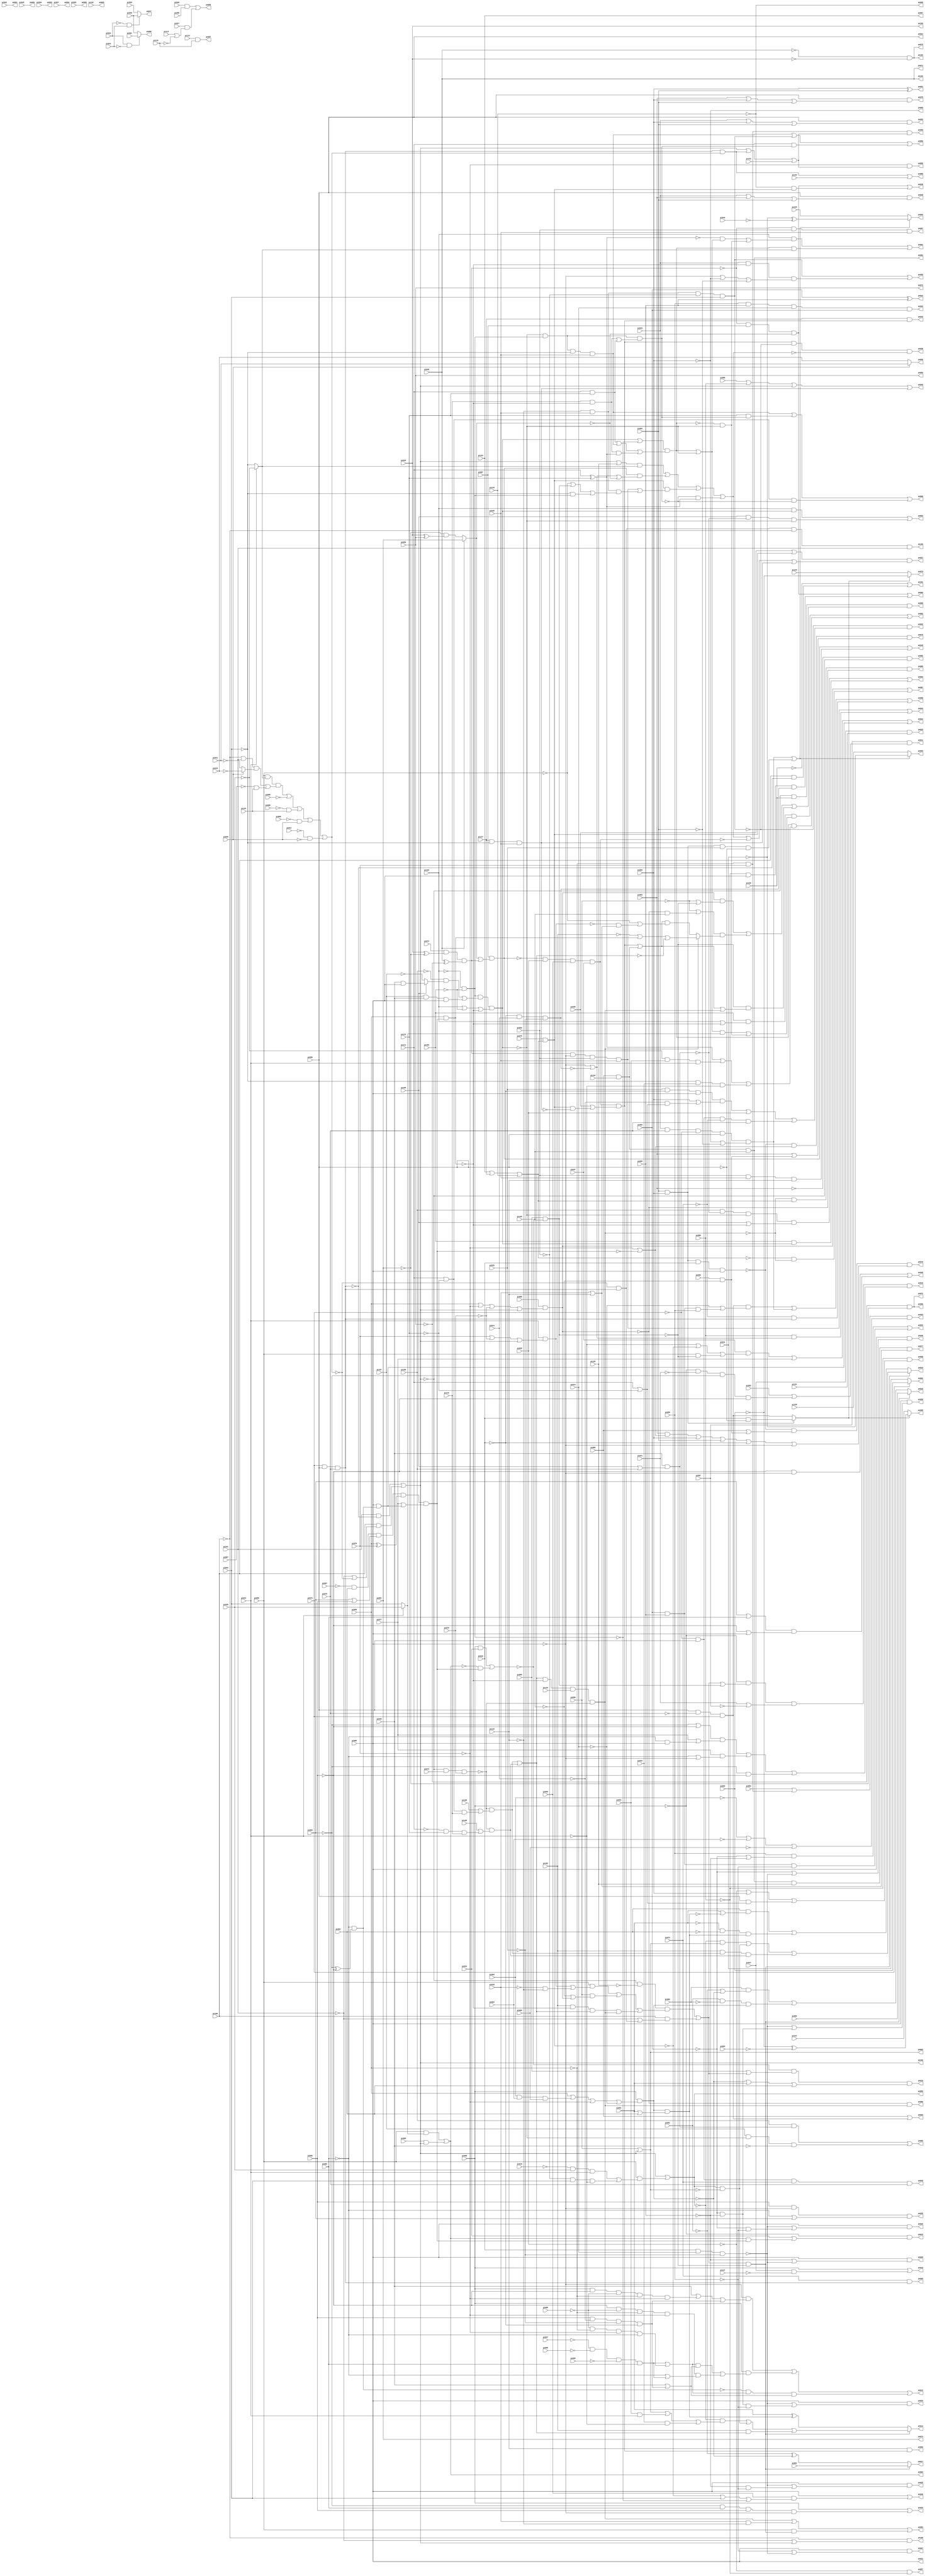
// Benchmark "rot" written by ABC on Thu Mar 19 13:02:36 2020

module rot ( 
    pi000, pi001, pi002, pi003, pi004, pi005, pi006, pi007, pi008, pi009,
    pi010, pi011, pi012, pi013, pi014, pi015, pi016, pi017, pi018, pi019,
    pi020, pi021, pi022, pi023, pi024, pi025, pi026, pi027, pi028, pi029,
    pi030, pi031, pi032, pi033, pi034, pi035, pi036, pi037, pi038, pi039,
    pi040, pi041, pi042, pi043, pi044, pi045, pi046, pi047, pi048, pi049,
    pi050, pi051, pi052, pi053, pi054, pi055, pi056, pi057, pi058, pi059,
    pi060, pi061, pi062, pi063, pi064, pi065, pi066, pi067, pi068, pi069,
    pi070, pi071, pi072, pi073, pi074, pi075, pi076, pi077, pi078, pi079,
    pi080, pi081, pi082, pi083, pi084, pi085, pi086, pi087, pi088, pi089,
    pi090, pi091, pi092, pi093, pi094, pi095, pi096, pi097, pi098, pi099,
    pi100, pi101, pi102, pi103, pi104, pi105, pi106, pi107, pi108, pi109,
    pi110, pi111, pi112, pi113, pi114, pi115, pi116, pi117, pi118, pi119,
    pi120, pi121, pi122, pi123, pi124, pi125, pi126, pi127, pi128, pi129,
    pi130, pi131, pi132, pi133, pi134,
    po000, po001, po002, po003, po004, po005, po006, po007, po008, po009,
    po010, po011, po012, po013, po014, po015, po016, po017, po018, po019,
    po020, po021, po022, po023, po024, po025, po026, po027, po028, po029,
    po030, po031, po032, po033, po034, po035, po036, po037, po038, po039,
    po040, po041, po042, po043, po044, po045, po046, po047, po048, po049,
    po050, po051, po052, po053, po054, po055, po056, po057, po058, po059,
    po060, po061, po062, po063, po064, po065, po066, po067, po068, po069,
    po070, po071, po072, po073, po074, po075, po076, po077, po078, po079,
    po080, po081, po082, po083, po084, po085, po086, po087, po088, po089,
    po090, po091, po092, po093, po094, po095, po096, po097, po098, po099,
    po100, po101, po102, po103, po104, po105, po106  );
  input  pi000, pi001, pi002, pi003, pi004, pi005, pi006, pi007, pi008,
    pi009, pi010, pi011, pi012, pi013, pi014, pi015, pi016, pi017, pi018,
    pi019, pi020, pi021, pi022, pi023, pi024, pi025, pi026, pi027, pi028,
    pi029, pi030, pi031, pi032, pi033, pi034, pi035, pi036, pi037, pi038,
    pi039, pi040, pi041, pi042, pi043, pi044, pi045, pi046, pi047, pi048,
    pi049, pi050, pi051, pi052, pi053, pi054, pi055, pi056, pi057, pi058,
    pi059, pi060, pi061, pi062, pi063, pi064, pi065, pi066, pi067, pi068,
    pi069, pi070, pi071, pi072, pi073, pi074, pi075, pi076, pi077, pi078,
    pi079, pi080, pi081, pi082, pi083, pi084, pi085, pi086, pi087, pi088,
    pi089, pi090, pi091, pi092, pi093, pi094, pi095, pi096, pi097, pi098,
    pi099, pi100, pi101, pi102, pi103, pi104, pi105, pi106, pi107, pi108,
    pi109, pi110, pi111, pi112, pi113, pi114, pi115, pi116, pi117, pi118,
    pi119, pi120, pi121, pi122, pi123, pi124, pi125, pi126, pi127, pi128,
    pi129, pi130, pi131, pi132, pi133, pi134;
  output po000, po001, po002, po003, po004, po005, po006, po007, po008, po009,
    po010, po011, po012, po013, po014, po015, po016, po017, po018, po019,
    po020, po021, po022, po023, po024, po025, po026, po027, po028, po029,
    po030, po031, po032, po033, po034, po035, po036, po037, po038, po039,
    po040, po041, po042, po043, po044, po045, po046, po047, po048, po049,
    po050, po051, po052, po053, po054, po055, po056, po057, po058, po059,
    po060, po061, po062, po063, po064, po065, po066, po067, po068, po069,
    po070, po071, po072, po073, po074, po075, po076, po077, po078, po079,
    po080, po081, po082, po083, po084, po085, po086, po087, po088, po089,
    po090, po091, po092, po093, po094, po095, po096, po097, po098, po099,
    po100, po101, po102, po103, po104, po105, po106;
  wire new_n350_, new_n351_, new_n352_, new_n353_, new_n354_, new_n355_,
    new_n356_, new_n357_, new_n358_, new_n359_, new_n360_, new_n361_,
    new_n362_, new_n363_, new_n364_, new_n365_, new_n366_, new_n367_,
    new_n368_, new_n369_, new_n370_, new_n371_, new_n372_, new_n373_,
    new_n374_, new_n375_, new_n376_, new_n377_, new_n378_, new_n379_,
    new_n380_, new_n381_, new_n382_, new_n383_, new_n384_, new_n385_,
    new_n386_, new_n387_, new_n388_, new_n389_, new_n390_, new_n391_,
    new_n392_, new_n393_, new_n394_, new_n395_, new_n396_, new_n397_,
    new_n398_, new_n399_, new_n400_, new_n401_, new_n402_, new_n403_,
    new_n404_, new_n405_, new_n406_, new_n407_, new_n408_, new_n409_,
    new_n410_, new_n411_, new_n412_, new_n413_, new_n414_, new_n415_,
    new_n416_, new_n417_, new_n418_, new_n419_, new_n420_, new_n421_,
    new_n422_, new_n423_, new_n424_, new_n425_, new_n426_, new_n427_,
    new_n428_, new_n429_, new_n430_, new_n431_, new_n432_, new_n433_,
    new_n434_, new_n435_, new_n436_, new_n437_, new_n438_, new_n439_,
    new_n440_, new_n441_, new_n442_, new_n443_, new_n444_, new_n445_,
    new_n446_, new_n447_, new_n448_, new_n449_, new_n450_, new_n451_,
    new_n452_, new_n453_, new_n454_, new_n455_, new_n456_, new_n457_,
    new_n458_, new_n459_, new_n460_, new_n461_, new_n462_, new_n463_,
    new_n464_, new_n465_, new_n466_, new_n467_, new_n468_, new_n469_,
    new_n470_, new_n471_, new_n472_, new_n473_, new_n474_, new_n475_,
    new_n476_, new_n477_, new_n478_, new_n479_, new_n480_, new_n481_,
    new_n482_, new_n483_, new_n484_, new_n485_;
  assign po000 = new_n350_;
  assign po001 = new_n351_;
  assign po002 = new_n352_;
  assign po003 = new_n353_;
  assign po004 = new_n354_;
  assign po005 = pi122;
  assign po006 = ~pi118;
  assign po007 = pi123;
  assign po008 = new_n355_;
  assign po009 = new_n356_;
  assign po010 = new_n357_;
  assign po011 = new_n358_;
  assign po012 = new_n359_;
  assign po013 = new_n360_;
  assign po014 = new_n361_;
  assign po015 = new_n362_;
  assign po016 = new_n363_;
  assign po017 = new_n364_;
  assign po018 = new_n365_;
  assign po019 = new_n366_;
  assign po020 = new_n367_;
  assign po021 = pi090;
  assign po022 = new_n368_;
  assign po023 = new_n369_;
  assign po024 = new_n370_;
  assign po025 = new_n371_;
  assign po026 = new_n372_;
  assign po027 = new_n373_;
  assign po028 = new_n374_;
  assign po029 = new_n375_;
  assign po030 = new_n376_;
  assign po031 = pi089;
  assign po032 = new_n377_;
  assign po033 = new_n378_;
  assign po034 = new_n379_;
  assign po035 = new_n380_;
  assign po036 = new_n381_;
  assign po037 = new_n382_;
  assign po038 = new_n383_;
  assign po039 = new_n384_;
  assign po040 = new_n385_;
  assign po041 = new_n386_;
  assign po042 = new_n387_;
  assign po043 = new_n388_;
  assign po044 = new_n389_;
  assign po045 = new_n390_;
  assign po046 = new_n391_;
  assign po047 = new_n392_;
  assign po048 = new_n393_;
  assign po049 = new_n394_;
  assign po050 = ~pi093;
  assign po051 = new_n395_;
  assign po052 = new_n396_;
  assign po053 = new_n397_;
  assign po054 = new_n398_;
  assign po055 = new_n399_;
  assign po056 = new_n400_;
  assign po057 = new_n401_;
  assign po058 = new_n402_;
  assign po059 = new_n403_;
  assign po060 = new_n404_;
  assign po061 = new_n405_;
  assign po062 = new_n406_;
  assign po063 = new_n407_;
  assign po064 = new_n408_;
  assign po065 = new_n409_;
  assign po066 = new_n410_;
  assign po067 = new_n411_;
  assign po068 = new_n412_;
  assign po069 = pi050;
  assign po070 = new_n413_;
  assign po071 = pi048;
  assign po072 = new_n414_;
  assign po073 = pi050;
  assign po074 = pi051;
  assign po075 = new_n415_;
  assign po076 = new_n416_;
  assign po077 = new_n417_;
  assign po078 = new_n418_;
  assign po079 = new_n419_;
  assign po080 = new_n420_;
  assign po081 = new_n421_;
  assign po082 = new_n422_;
  assign po083 = new_n423_;
  assign po084 = new_n424_;
  assign po085 = new_n425_;
  assign po086 = new_n426_;
  assign po087 = new_n427_;
  assign po088 = new_n428_;
  assign po089 = new_n429_;
  assign po090 = new_n430_;
  assign po091 = pi022;
  assign po092 = pi025;
  assign po093 = pi026;
  assign po094 = pi027;
  assign po095 = pi028;
  assign po096 = new_n431_;
  assign po097 = new_n432_;
  assign po098 = new_n433_;
  assign po099 = new_n434_;
  assign po100 = new_n435_;
  assign po101 = new_n436_;
  assign po102 = new_n437_;
  assign po103 = new_n438_;
  assign po104 = pi048;
  assign po105 = pi049;
  assign po106 = new_n439_;
  assign new_n350_ = (pi023 & ~pi024) ? pi061 : pi030;
  assign new_n351_ = pi076 ? pi062 : pi041;
  assign new_n352_ = pi099 | new_n437_;
  assign new_n353_ = new_n437_ | (pi098 & ((~pi019 & pi020 & pi044) | (~pi032 & pi033 & ~pi044)));
  assign new_n354_ = (pi098 & (pi044 ? pi020 : pi033)) | (pi080 & new_n437_);
  assign new_n355_ = (new_n483_ & (~pi013 | (pi054 & pi055 & pi056))) | new_n482_ | (~pi074 & new_n464_);
  assign new_n356_ = pi074 & new_n464_;
  assign new_n357_ = ~pi000 & (new_n455_ | new_n459_) & (pi071 | ~pi097) & (((~pi083 | ~pi085) & (pi077 | (~pi084 & pi089))) | (pi077 & (~pi084 | ~pi089)) | (~pi083 & ~pi085));
  assign new_n358_ = pi097 & (pi052 | (~pi000 & ~pi071 & ~pi083 & ~pi085));
  assign new_n359_ = (~pi089 & (pi040 | (pi000 & ~pi085 & ~pi068 & ~pi069 & ~pi070) | (pi085 & ~pi014 & ~pi015 & ~pi016))) | (pi000 & ((((~pi057 & ~pi058 & ~pi059 & pi084) | (~pi068 & ~pi069 & ~pi070 & ~pi084)) & (pi040 | (pi085 & ~pi014 & ~pi015 & ~pi016))) | (~pi085 & ~pi068 & ~pi069 & ~pi070 & (~pi084 | (~pi057 & ~pi058 & ~pi059 & pi084))))) | (~new_n474_ & ((~pi057 & ~pi058 & ~pi059 & pi084) | (~pi068 & ~pi069 & ~pi070 & ~pi084)) & (pi040 | (pi085 & ~pi014 & ~pi015 & ~pi016)));
  assign new_n360_ = ~pi000 & (pi031 | (new_n354_ & new_n476_));
  assign new_n361_ = new_n440_ ? ((~new_n353_ & (new_n352_ | (pi021 & pi044) | (pi034 & ~pi044))) | (new_n353_ & ~new_n352_) | (pi102 & new_n448_)) : (pi091 ^ new_n444_);
  assign new_n362_ = new_n440_ ? ((~new_n353_ & new_n352_) | (new_n353_ & ~new_n352_) | (pi102 & new_n442_ & new_n443_)) : ((pi092 & (pi091 | ~new_n444_)) | (~pi091 & ~pi092 & new_n444_));
  assign new_n363_ = ~new_n456_ & (pi095 | new_n455_) & (~new_n441_ | pi091 | pi092);
  assign new_n364_ = new_n440_ ? pi081 : (~pi001 ^ ~new_n441_);
  assign new_n365_ = new_n440_ ? pi082 : ((pi002 & (~pi001 | ~new_n441_)) | (pi001 & ~pi002 & new_n441_));
  assign new_n366_ = pi000 | (pi047 & ~pi127);
  assign new_n367_ = pi047 & pi131;
  assign new_n368_ = pi054 ^ pi055;
  assign new_n369_ = (pi056 & (~pi054 | ~pi055)) | (pi054 & pi055 & ~pi056);
  assign new_n370_ = pi089 & (~new_n485_ | (~pi054 & ~pi055 & ~pi056));
  assign new_n371_ = pi089 & (~new_n485_ | (~pi055 & ~pi056));
  assign new_n372_ = pi089 & (~new_n485_ | (~pi054 & ~pi056));
  assign new_n373_ = pi089 & (~pi056 | ~new_n485_);
  assign new_n374_ = pi089 & (~new_n485_ | (~pi054 & ~pi055));
  assign new_n375_ = pi089 & (~pi055 | ~new_n485_);
  assign new_n376_ = pi089 & (~pi054 | ~new_n485_);
  assign new_n377_ = pi056 & pi055 & pi013 & pi054;
  assign new_n378_ = (pi053 | (~pi069 & pi070)) & (~pi003 | ~pi004 | ~pi005);
  assign new_n379_ = pi000 | (~pi083 & pi084 & pi085 & ~pi089);
  assign new_n380_ = pi085 & ~pi089 & (~pi084 | pi083);
  assign new_n381_ = (~pi085 & ~pi089) | ((pi083 | pi084) & (~pi085 | pi089));
  assign new_n382_ = (pi035 | new_n452_) & (new_n451_ | ~new_n453_ | new_n454_);
  assign new_n383_ = new_n458_ & ~new_n457_ & ~new_n451_;
  assign new_n384_ = new_n481_ | (~pi118 & new_n452_);
  assign new_n385_ = pi089 | (pi036 & (~new_n452_ | pi033 | ~new_n471_));
  assign new_n386_ = (pi037 & (~pi044 | ~new_n452_ | (pi098 & ~new_n459_))) | pi077 | (pi089 & new_n474_);
  assign new_n387_ = ~new_n457_ & ((pi015 & ~pi016 & pi089 & (pi093 | (~pi014 & (pi111 | ~pi112)))) | pi038 | (~pi076 & pi090 & ~pi074 & pi075));
  assign new_n388_ = pi117 & new_n458_;
  assign new_n389_ = new_n470_ | (pi088 & (~pi089 | ~new_n466_));
  assign new_n390_ = new_n469_ | (pi032 & pi045 & pi115);
  assign new_n391_ = pi086 | pi088 | new_n437_ | new_n454_;
  assign new_n392_ = (~pi023 & pi024) ? pi030 : pi039;
  assign new_n393_ = pi090 & (pi043 | pi064 | pi094);
  assign new_n394_ = pi090 & ~pi076 & pi074 & pi075;
  assign new_n395_ = pi093 ^ pi094;
  assign new_n396_ = pi090 & (pi043 | pi093 | pi094);
  assign new_n397_ = new_n480_ ? ~pi041 : pi125;
  assign new_n398_ = new_n480_ ? (~pi041 ^ ~pi042) : pi126;
  assign new_n399_ = pi115 & new_n458_;
  assign new_n400_ = new_n457_ | (pi043 & ~new_n449_ & (~pi089 | ~pi093 | ~pi094));
  assign new_n401_ = ~pi038 & ~pi088;
  assign new_n402_ = ~pi088 & (~pi038 | pi093 | (pi090 & (pi111 | ~pi112)));
  assign new_n403_ = new_n472_ | new_n457_ | (pi111 & new_n467_);
  assign new_n404_ = new_n472_ | (pi112 & new_n467_) | (pi111 & ~pi112 & ~new_n467_);
  assign new_n405_ = (pi103 & ((~new_n446_ & (new_n445_ | ~new_n447_)) | (~new_n445_ & ~new_n447_))) | (new_n445_ & (pi044 ? ~pi020 : ~pi033));
  assign new_n406_ = (pi104 & (pi103 | ~new_n449_) & (((new_n445_ | ~new_n447_) & (pi044 ? pi020 : pi033)) | (~new_n445_ & ~new_n447_))) | (new_n445_ & (new_n446_ | (~pi020 & pi021 & pi044) | (~pi033 & pi034 & ~pi044)));
  assign new_n407_ = (pi103 & new_n447_) | (pi105 & ~new_n475_ & ~new_n447_);
  assign new_n408_ = (pi106 & ~new_n475_ & ~new_n447_ & (pi105 | ~new_n449_)) | (pi104 & new_n447_);
  assign new_n409_ = (pi106 & new_n475_) | (pi107 & ~new_n447_ & ~pi040);
  assign new_n410_ = new_n481_ | (~pi088 & pi089 & new_n466_);
  assign new_n411_ = ~new_n484_ & pi032 & pi045;
  assign new_n412_ = ~pi050 & ~pi051;
  assign new_n413_ = ~pi048 & ~pi049;
  assign new_n414_ = ~pi050 & ~pi051;
  assign new_n415_ = ~new_n477_ & (~pi070 | ~new_n476_) & (pi064 | (pi066 & ~pi128));
  assign new_n416_ = ~new_n477_ & (pi060 | (pi066 & ~pi128)) & ((pi064 & (~pi070 | ~new_n476_)) | pi093 | pi094 | ~pi016 | ~pi089);
  assign new_n417_ = new_n462_ & pi128 & pi129 & (pi018 | pi115);
  assign new_n418_ = pi090 & (pi064 | pi093 | pi094);
  assign new_n419_ = new_n479_ ? ~pi062 : pi120;
  assign new_n420_ = new_n479_ ? (~pi062 ^ ~pi063) : pi121;
  assign new_n421_ = pi128 & new_n462_;
  assign new_n422_ = ~pi064 & ~new_n437_;
  assign new_n423_ = pi060 | new_n483_;
  assign new_n424_ = new_n450_ | (pi018 & ~pi115) | (pi098 & new_n440_);
  assign new_n425_ = ~new_n450_ & new_n460_ & ~new_n461_;
  assign new_n426_ = ~new_n461_ & new_n450_;
  assign new_n427_ = new_n461_ | (~new_n460_ & ~new_n450_);
  assign new_n428_ = ~new_n437_ & pi130 & ((new_n461_ & (~pi099 | ~new_n459_)) | ((~pi099 | (~new_n461_ & pi128)) & (new_n450_ ? (~pi102 | new_n449_ | ~new_n448_) : ((new_n458_ | new_n462_) & (~pi098 | (~new_n463_ & (pi018 | pi115)))))) | (~new_n459_ & (new_n458_ | new_n462_ | new_n450_)));
  assign new_n429_ = ~pi070 & (new_n437_ | new_n478_ | pi133);
  assign new_n430_ = ~pi069 & pi070 & (new_n437_ | new_n478_ | pi133);
  assign new_n431_ = (pi046 & pi096) | (pi017 & (pi114 | ~pi119));
  assign new_n432_ = pi113 & pi119;
  assign new_n433_ = pi029 ? pi012 : pi010;
  assign new_n434_ = new_n478_ | pi132;
  assign new_n435_ = ~new_n465_ & new_n464_ & ~pi100 & pi101;
  assign new_n436_ = ~pi130 | (pi100 & ~new_n464_);
  assign new_n437_ = (pi101 & ~new_n464_) | (pi100 & (~pi101 | ~new_n465_));
  assign new_n438_ = ~pi048 & ~pi049;
  assign new_n439_ = ~pi100 & (~pi101 | new_n437_);
  assign new_n440_ = new_n455_ & ~new_n459_;
  assign new_n441_ = pi000 & (pi069 | (pi003 & pi004 & pi005) | ~pi070 | ~pi013);
  assign new_n442_ = ~new_n473_ & (pi108 | (pi111 & ~pi112 & pi116));
  assign new_n443_ = ~new_n473_ & (pi109 | (~pi111 & pi112 & pi116));
  assign new_n444_ = new_n441_ & (pi091 | pi092);
  assign new_n445_ = (new_n447_ | ~new_n471_) & ((pi111 & pi112) | new_n472_ | (pi116 & ~new_n449_ & new_n446_));
  assign new_n446_ = pi111 ^ pi112;
  assign new_n447_ = new_n471_ & ((~pi106 & (pi105 ? (pi040 & pi089) : ~pi107)) | (pi107 & pi040 & pi089)) & (pi103 | ~pi104 | ~new_n449_);
  assign new_n448_ = new_n442_ | new_n443_;
  assign new_n449_ = pi069 & new_n476_;
  assign new_n450_ = new_n448_ & ~new_n449_ & pi110 & ~new_n473_;
  assign new_n451_ = ((new_n437_ | pi129) & (pi044 ? ~pi020 : ~pi033)) | (new_n469_ & (~pi089 | ~new_n466_ | ~new_n468_)) | (new_n452_ & (new_n470_ | (~pi115 & pi045 & (~pi098 | new_n459_ | (~pi033 & new_n471_))))) | (~new_n467_ & new_n446_);
  assign new_n452_ = pi078 & new_n460_;
  assign new_n453_ = ~new_n469_ & pi038 & pi036 & pi037;
  assign new_n454_ = pi117 & ~pi033 & pi045;
  assign new_n455_ = (~new_n437_ & ~pi129 & ((pi098 & (new_n463_ | (~pi018 & ~pi115))) | (pi099 & (~pi128 | new_n461_)) | (pi102 & ~new_n449_ & new_n448_ & new_n450_))) | (pi100 & (~pi101 | (new_n464_ & ~new_n465_)));
  assign new_n456_ = (pi000 & pi031) | (~new_n354_ & new_n476_);
  assign new_n457_ = ~pi115 & pi045 & ~pi032 & pi033;
  assign new_n458_ = new_n453_ & (pi035 | (new_n452_ & ~new_n454_));
  assign new_n459_ = pi095 & ~new_n456_;
  assign new_n460_ = pi123 | pi117 | pi118;
  assign new_n461_ = pi065 & (pi069 | ~pi070 | ~pi079 | new_n437_);
  assign new_n462_ = pi060 & pi134;
  assign new_n463_ = pi044 & (pi070 | ~pi079 | new_n437_);
  assign new_n464_ = pi076 & pi090 & pi075;
  assign new_n465_ = (pi098 & (pi044 ? ~pi020 : ~pi033) & ((~pi100 & pi101 & (pi029 ? ~pi010 : ~pi012)) | (~pi007 & pi124))) | ~pi006 | (~pi008 & pi124) | (~pi009 & pi029) | (~pi011 & ~pi029);
  assign new_n466_ = ~pi016 & pi014 & ~pi015;
  assign new_n467_ = ~new_n447_ & new_n471_ & ((pi116 & ~new_n449_) | (pi111 & pi112));
  assign new_n468_ = pi048 ? pi051 : (~pi051 & (pi049 ^ pi050));
  assign new_n469_ = pi087 & (new_n468_ | new_n484_);
  assign new_n470_ = new_n484_ & ~pi089 & pi032 & pi045;
  assign new_n471_ = ~pi103 & ~pi104;
  assign new_n472_ = new_n471_ & ~new_n447_ & ~pi033 & pi045;
  assign new_n473_ = ~new_n437_ & pi073 & pi079;
  assign new_n474_ = ~pi084 & (~pi083 ^ ~pi085);
  assign new_n475_ = pi040 & (pi105 | pi106);
  assign new_n476_ = ~pi067 & pi092 & (pi083 | pi085) & (pi069 ^ pi070) & (pi077 | (pi089 & new_n474_));
  assign new_n477_ = pi094 & pi093 & pi016 & pi089;
  assign new_n478_ = new_n464_ & new_n465_;
  assign new_n479_ = (pi093 & pi094) ? (pi016 & ~pi090) : new_n483_;
  assign new_n480_ = new_n482_ | (pi093 & pi094 & pi015 & ~pi090);
  assign new_n481_ = ~new_n484_ & pi087 & ~new_n468_;
  assign new_n482_ = pi043 & pi075 & ~pi076 & pi090 & (~pi093 | ~pi094);
  assign new_n483_ = pi090 & ~pi075 & pi076;
  assign new_n484_ = pi072 & (pi049 ^ ~pi051) & (pi048 ^ ~pi050);
  assign new_n485_ = pi016 & pi013 & ~pi015;
endmodule